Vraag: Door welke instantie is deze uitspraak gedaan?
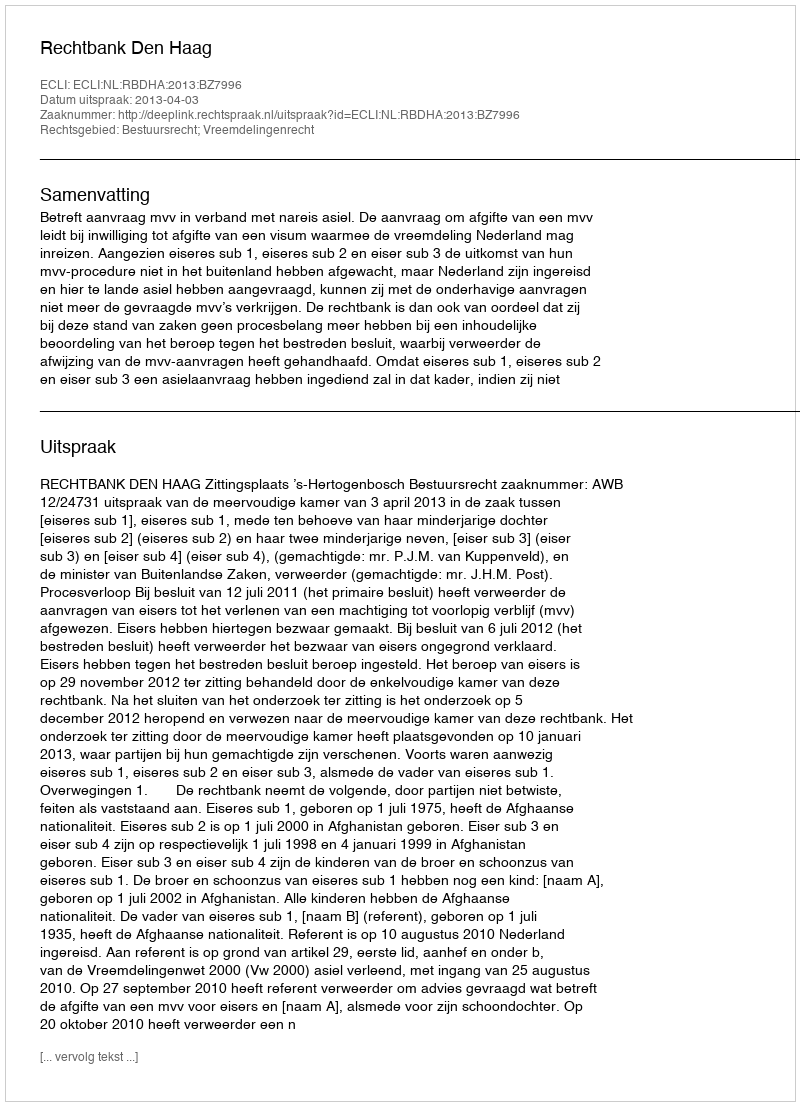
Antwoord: Rechtbank Den Haag